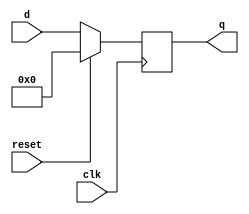
module top_module (
    input clk,
    input reset,            // Synchronous reset
    input [7:0] d,
    output reg [7:0] q
);
    always @(posedge clk)
        begin
            if(reset==1'b1) q<=0;
            else q<=d;
        end

endmodule